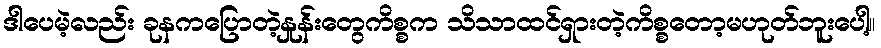
ဒါပေမဲ့လည်း ခုနကပြောတဲ့နှုန်းတွေကိစ္စက သိသာထင်ရှားတဲ့ကိစ္စတော့မဟုတ်ဘူးပေါ့။